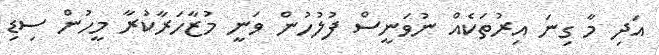
އަދި މާ ގިނަ އިރުތަކެއް ނުވަނީސް ފުލުހުން ވަނީ މުޒާހަރާކުރާ މީހުން ސިޑި